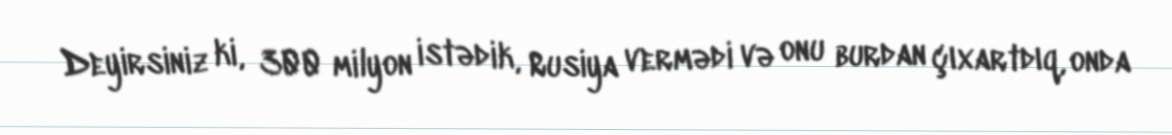
Deyirsiniz ki, 300 milyon istədik, Rusiya vermədi və onu burdan çıxartdıq, onda